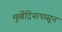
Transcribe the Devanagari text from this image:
मुखेंद्रियापासून